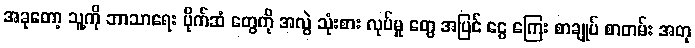
အခုတော့ သူ့ကို ဘာသာရေး ပိုက်ဆံ တွေကို အလွဲ သုံးစား လုပ်မှု တွေ အပြင် ငွေ ကြေး စာချုပ် စာတမ်း အတု